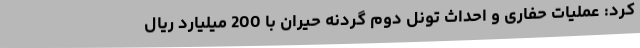
کرد: عملیات حفاری و احداث تونل دوم گردنه حیران با 200 میلیارد ریال